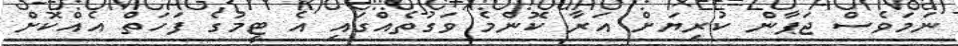
ނަމަވެސް ޖަޕާން ކުރިޔަށް އަރާ ކޮންމެ ވަގުތެއްގައި އެ ޓީމުގެ ފަހަތް އެއްކޮށް